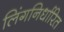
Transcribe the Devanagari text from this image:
लिंगनिर्धारित